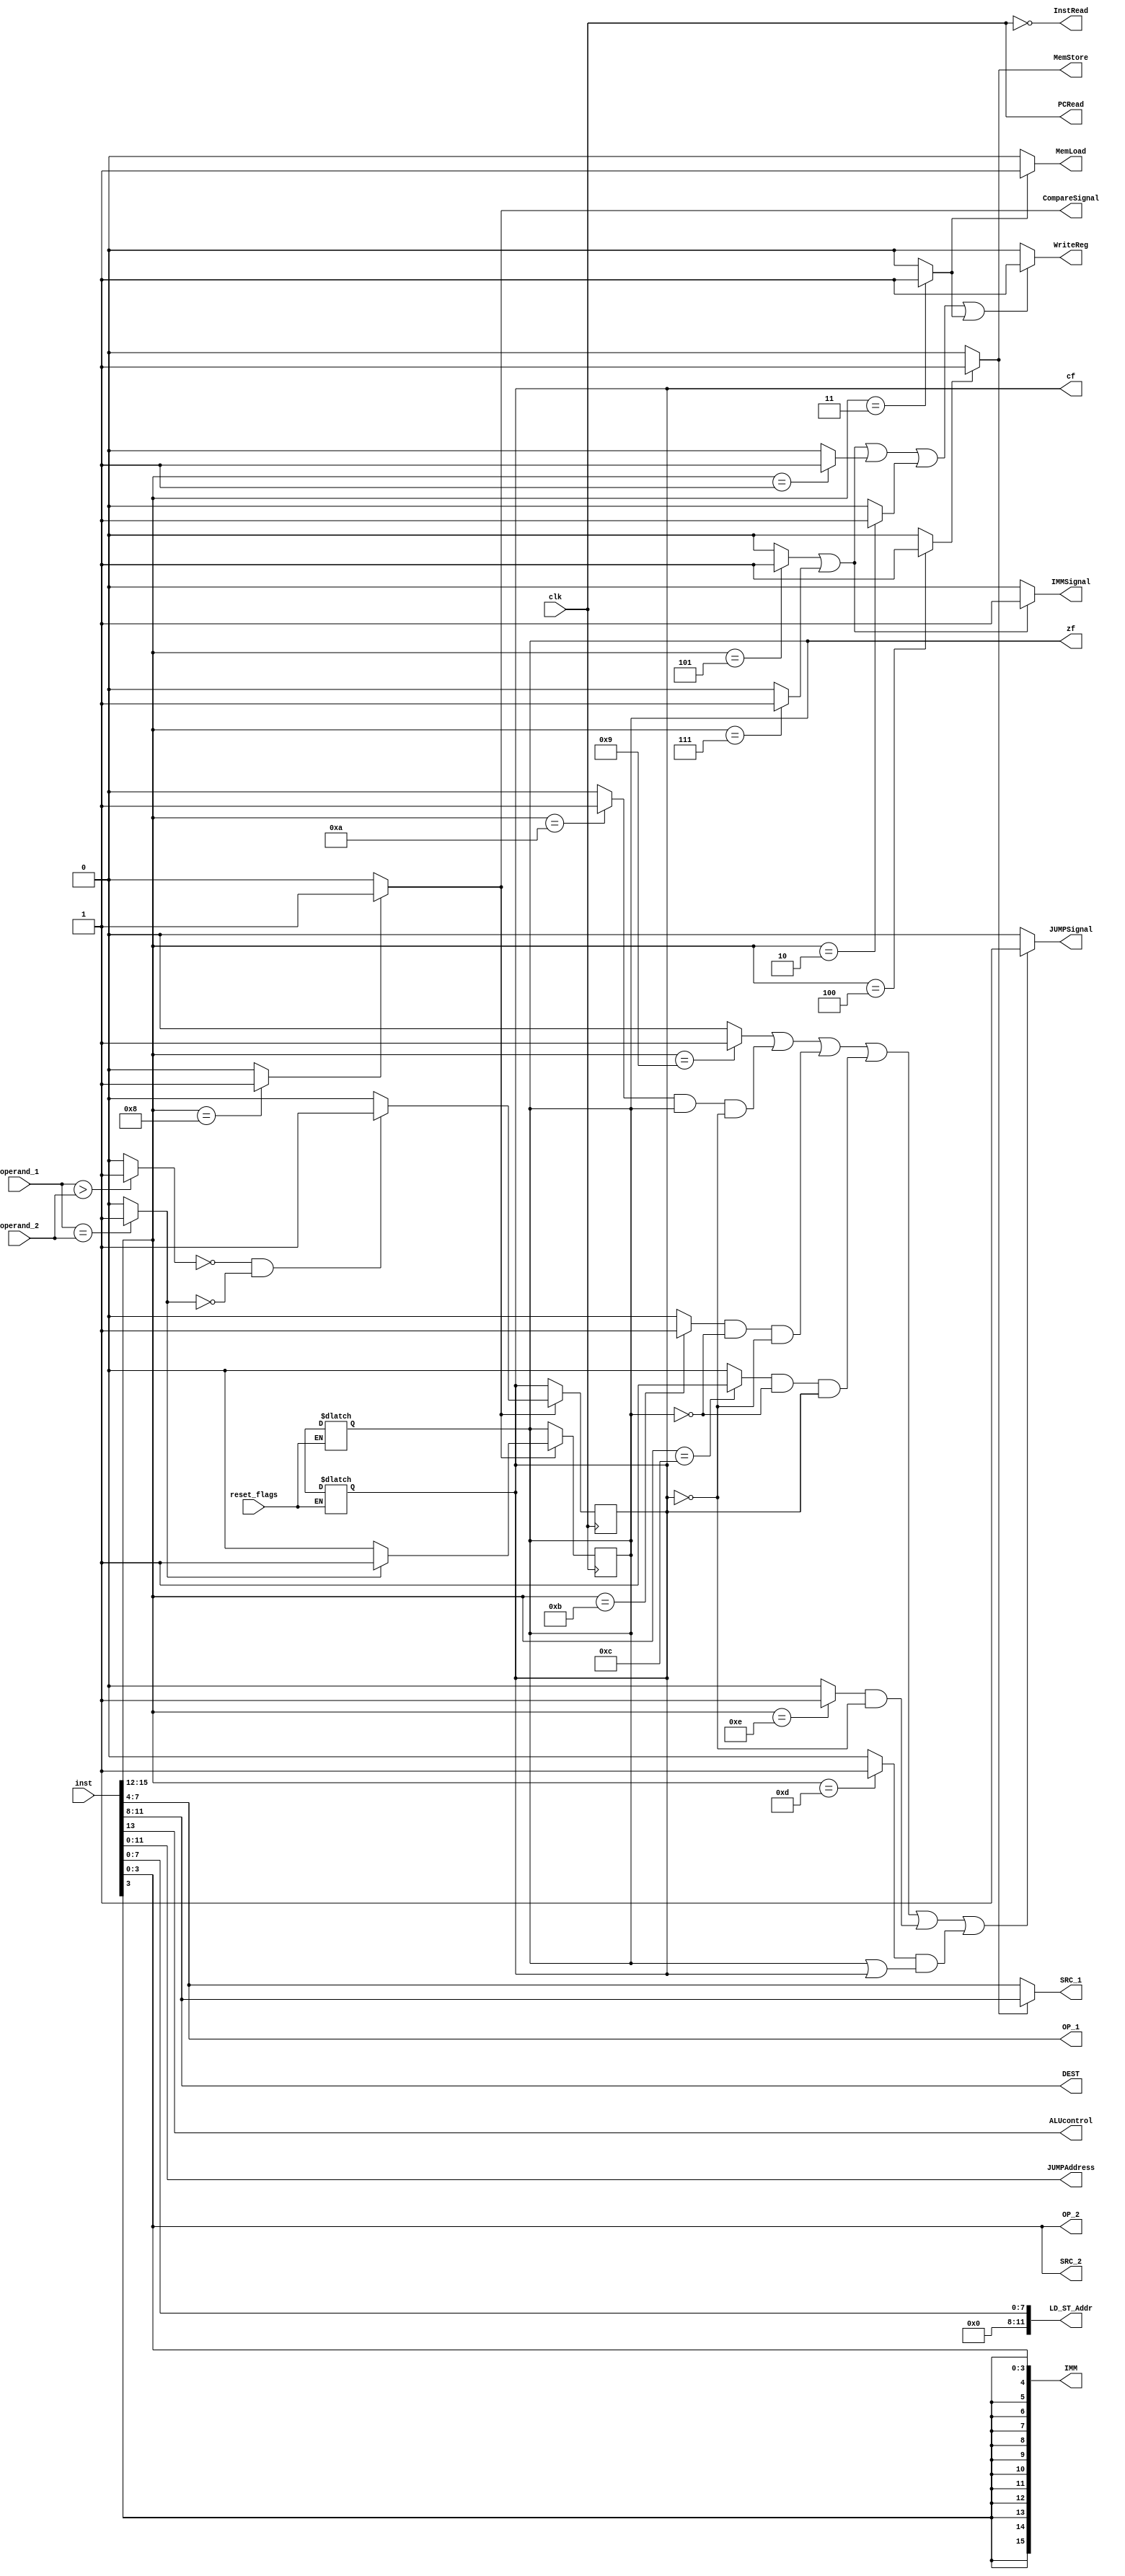
/* 
	Mert KELKT - 150115013
	Furkan NAKIP - 150115032
*/
module ControlUnit(
// inputs
clk,
inst,
operand_1,
operand_2,
reset_flags,
// outputs
zf,
cf,
PCRead,
InstRead,
ALUcontrol,
JUMPSignal,
JUMPAddress,
MemLoad,
MemStore,
LD_ST_Addr,
IMMSignal,
IMM,
CompareSignal,
SRC_1,
SRC_2,
OP_1,
OP_2,
DEST,
WriteReg
);

input clk;							// clock
input wire [15:0] inst;				// current instruction
input [15:0] operand_1;		// 16 bit data for CMP instruction
input [15:0] operand_2;		// 16 bit data for CMP instruction
input reset_flags;					// clear pin for flags' registers

// operand_1 > operand_2: zf = 0, cf = 0; operand_1 = operand_2: zf = 1, cf = 0; operand_1 < operand_2: zf = 0, cf = 1.
output reg zf; 
output reg cf;


output wire PCRead;					// PCRead signal
output wire InstRead;				// Instruction read signal
output wire ALUcontrol;				// ALU operation selection signal
output wire JUMPSignal;				// JUMPSignal for determining jump operation will be done or not
output wire [11:0] JUMPAddress;		// PC relative jump address
output wire MemLoad;				// Memory load signal
output wire MemStore;				// Memory store signal
output wire [11:0] LD_ST_Addr;		// Load or Store address, it will go to address input of the RAM
output wire IMMSignal;				// if instruction uses immediate values, this signal will be 1
output wire [15:0] IMM;				// immediate value coming from ADDI or ANDI instructions
output wire CompareSignal;			// this will be enable pin of flag registers, if there is a compare operation, this signal will be 1
output wire [3:0] SRC_1;			// source register
output wire [3:0] SRC_2;			// source register
output wire [3:0] OP_1;				// source register for CMP
output wire [3:0] OP_2;				// source register for CMP
output wire [3:0] DEST;				// destination register
output wire WriteReg;				// enable signal of register file, permission for writing to destination register

// opcode and instruction signals
wire [3:0] opcode;
wire AND, ADD,
	LD, ST,
	ANDI, ADDI,
	CMP, JUMP,
	JE, JA, 
	JB, JBE, 
	JAE;

// result of comparison
wire above, equal, below;

// initial flag values are x (?)
initial zf = 1'bx;
initial cf = 1'bx;

// getting opcode and set signals according to opcode
assign opcode = inst[15:12];
	
assign AND = (opcode == 4'b0001) ? 1'b1 : 1'b0;
assign ADD = (opcode == 4'b0010) ? 1'b1 : 1'b0;
assign LD = (opcode == 4'b0011) ? 1'b1 : 1'b0;
assign ST = (opcode == 4'b0100) ? 1'b1 : 1'b0;
assign ANDI = (opcode == 4'b0101) ? 1'b1 : 1'b0;
assign ADDI = (opcode == 4'b0111) ? 1'b1 : 1'b0;
assign CMP = (opcode == 4'b1000) ? 1'b1 : 1'b0;
assign JUMP = (opcode == 4'b1001) ? 1'b1 : 1'b0;
assign JE = (opcode == 4'b1010) ? 1'b1 : 1'b0;
assign JA = (opcode == 4'b1011) ? 1'b1 : 1'b0;
assign JB = (opcode == 4'b1100) ? 1'b1 : 1'b0;
assign JBE = (opcode == 4'b1101) ? 1'b1 : 1'b0;
assign JAE = (opcode == 4'b1110) ? 1'b1 : 1'b0;

// ensure that PCRead and InstRead signal won't be equal at the same time
assign PCRead = clk;
assign InstRead = ~clk;

// parse the remaining instructions
assign LD_ST_Addr = {4'b0000, inst[7:0]};
assign JUMPAddress = inst[11:0];
assign DEST = inst[11:8];
assign SRC_1 = (MemStore) ? DEST : inst[7:4];
assign OP_1 = inst[7:4];
assign SRC_2 = inst[3:0];
assign OP_2 = inst[3:0];
assign IMM = {{12{inst[3]}}, inst[3:0]};
assign ALUcontrol = inst[13];

// set signals -explained above- according to current instruction
assign MemLoad = (LD) ? 1'b1 : 1'b0;
assign MemStore = (ST) ? 1'b1 : 1'b0;
assign IMMSignal = (ANDI || ADDI) ? 1'b1 : 1'b0;
assign WriteReg = (ANDI || ADDI || AND || ADD || LD) ? 1'b1 : 1'b0;
assign CompareSignal = (CMP) ? 1'b1 : 1'b0;
assign JUMPSignal = (JUMP || (JE && zf && !cf) || (JA && !zf && !cf) || (JB && !zf && cf) || (JAE && !cf) || (JBE && (zf || cf)))
																			? 1'b1 : 1'b0;
// set comparison results																			
assign above = (operand_1 > operand_2) ? 1'b1 : 1'b0;
assign equal = (operand_1 == operand_2) ? 1'b1 : 1'b0;
assign below = (operand_1 < operand_2) ? 1'b1 : 1'b0;

// flag registers are trigerred on fall edge
always @ (negedge clk)
begin
	if(CompareSignal) begin
		zf = (equal) ? 1'b1 : 1'b0;
		cf = ((~above) & (~equal)) ? 1'b1 : 1'b0;
	end
end
// if flags need to be reseted
always @ (reset_flags)
begin
	if(reset_flags) begin
		zf = 1'bx;
		cf = 1'bx;
	end
end
endmodule